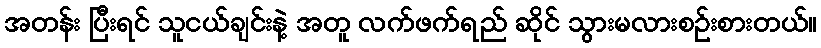
အတန်း ပြီးရင် သူငယ်ချင်းနဲ့ အတူ လက်ဖက်ရည် ဆိုင် သွားမလားစဉ်းစားတယ်။